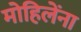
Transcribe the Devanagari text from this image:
मोहिलेंना